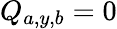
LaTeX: Q_{a,y,b}=0